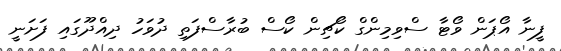
ފީނާ އޯޕަން ވޯޓާ ސްވިމިންގް ކޯޗިން ކޯސް ބުރާސްފަތި ދުވަހު ދިއްދޫގައި ފަށަނީ